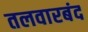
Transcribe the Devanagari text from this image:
तलवारबंद